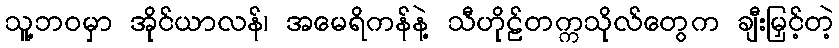
သူ့ဘဝမှာ အိုင်ယာလန်၊ အမေရိကန်နဲ့ သီဟိုဠ်တက္ကသိုလ်တွေက ချီးမြှင့်တဲ့